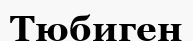
Тюбиген